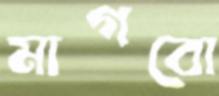
মাগবো